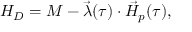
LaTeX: H _ { D } = M - \vec { \lambda } ( \tau ) \cdot \vec { { \cal H } } _ { p } ( \tau ) ,